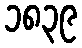
၁၈၃၉